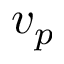
v _ { p }